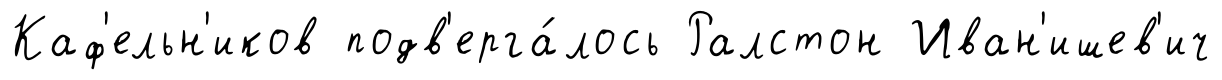
Каф'ельн'иков подв'ерга́лось Ралстон Иван'ишев'ич